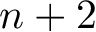
n + 2